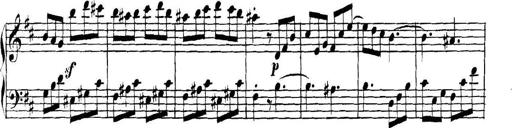
Title: Collected Piano Sonatas
Composer: Muzio Clementi